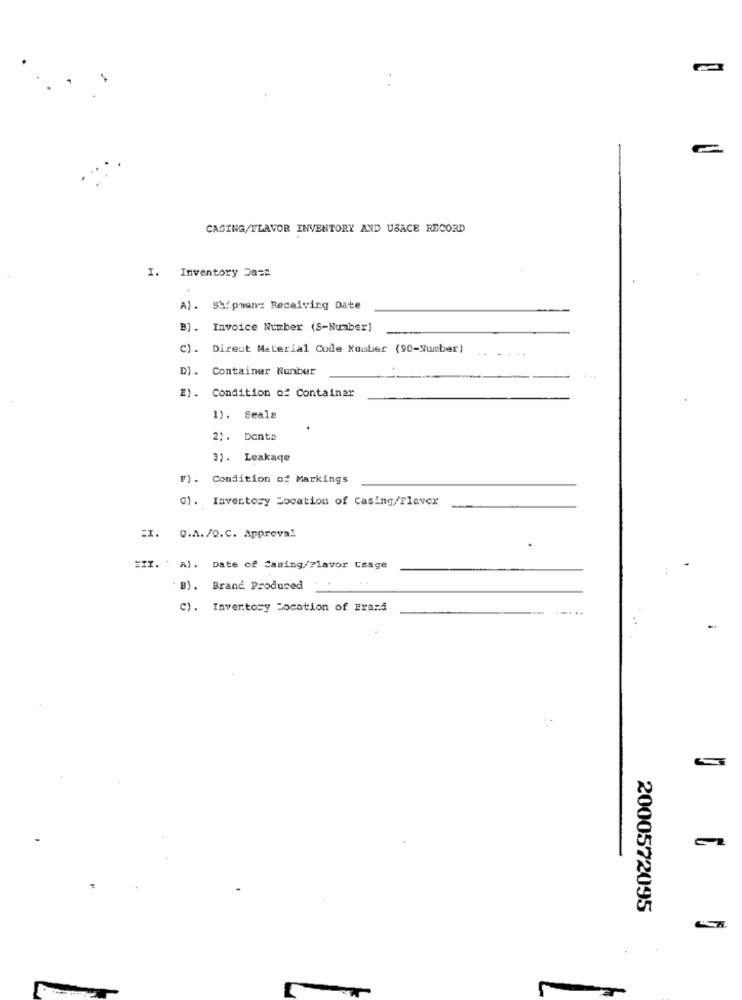
CASING/FLAVOR INVENTORY AND USACE RECORD
I. Inventory Da=k
A). Shipman :: Receiving Date
B). Invoice Number (S-Number)
C). Direct Material Code Nouber (90-Number)
D) . Container Nunber
E). Condition of Container
1). Seals
21. Denta
3). Leakage
F). Condition of Markings
C). Inventory Focation of Casing/Flavex
ZI. Q.A./Q.C. Approval
XIX. A). Date of Casing/Flavor Cesge
B). Brand. Produced
C). Inventory Location of Brand
..
2000572095